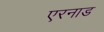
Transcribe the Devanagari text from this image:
एरनाड